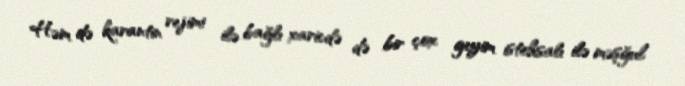
Həm də karantin rejimi ilə bağlı xaricdə də bir çox geyim istehsalı ilə məşğul